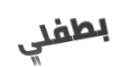
بطفلي